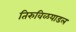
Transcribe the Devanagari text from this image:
तिरुविळयाडल